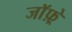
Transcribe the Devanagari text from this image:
जाॅफ़्रे